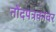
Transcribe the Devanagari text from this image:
नोंदपत्रकावर